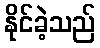
နိုင်ခဲ့သည်